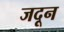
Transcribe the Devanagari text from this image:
जदून